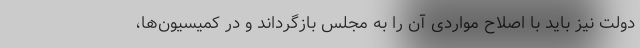
دولت نیز باید با اصلاح مواردی آن را به مجلس بازگرداند و در کمیسیون‌ها،